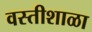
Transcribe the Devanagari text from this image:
वस्तीशाळा